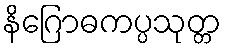
နိဂြောဓကပ္ပသုတ္တ